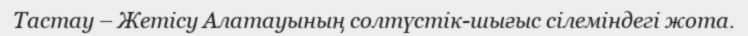
Тастау – Жетісу Алатауының солтүстік-шығыс сілеміндегі жота.